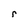
Character: r